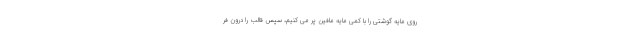
روی مایه گوشتی را با کمی مایه مافین پر می کنیم، سپس قالب را درون فر